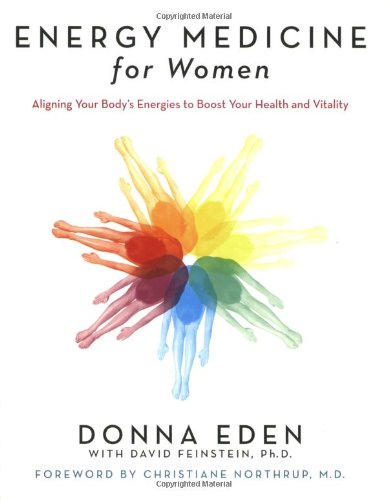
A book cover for Energy Medicine for Women: Aligning Your Body's Energies to Boost Your Health and Vitality; Donna Eden; Health, Fitness & Dieting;